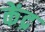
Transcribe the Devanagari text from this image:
केंद्र